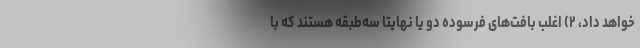
خواهد داد، ۲) اغلب بافت‌های فرسوده دو یا نهایتا سه‌طبقه هستند که با